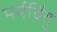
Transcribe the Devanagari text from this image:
मर्मबिंदु